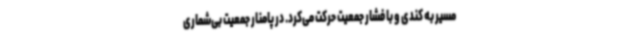
مسیر به کندی و با فشار جمعیت حرکت می‌کرد. در پامنار جمعیت بی‌شماری